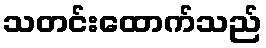
သတင်းထောက်သည်